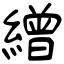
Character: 繒